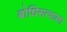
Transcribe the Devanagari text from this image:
बोधिसत्वाला